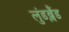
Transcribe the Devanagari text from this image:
लुंडब्लैंड